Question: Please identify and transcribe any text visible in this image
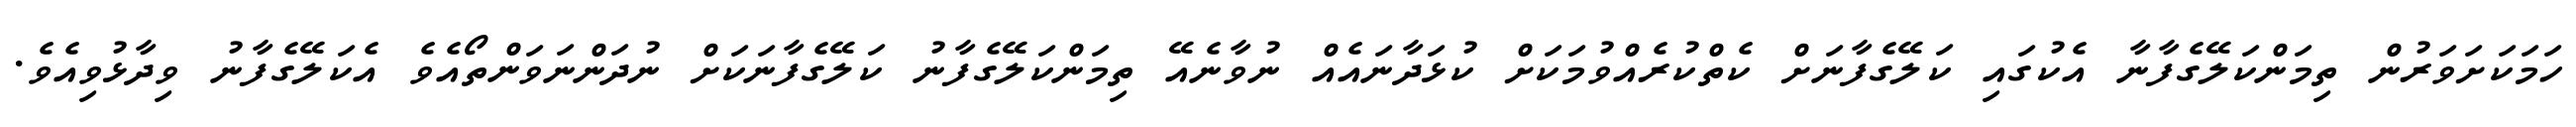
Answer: ހަމަކަށަވަރުން ތިމަންކަލޭގެފާނާ އެކުގައި ކަލޭގެފާނަށް ކެތްކުރެއްވުމަކަށް ކުޅަދާނައެއް ނުވާނެއޭ ތިމަންކަލޭގެފާނު ކަލޭގެފާނަކަށް ނުދަންނަވަންތޯއެވެ އެކަލޭގެފާނު ވިދާޅުވިއެވެ.